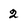
Character: 2